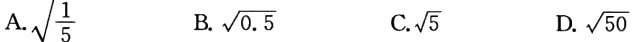
A.$\sqrt{\frac{1}{5}}$  B.$\sqrt{0.5}$  C.$\sqrt{5}$  D.$\sqrt{50}$